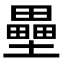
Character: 壘